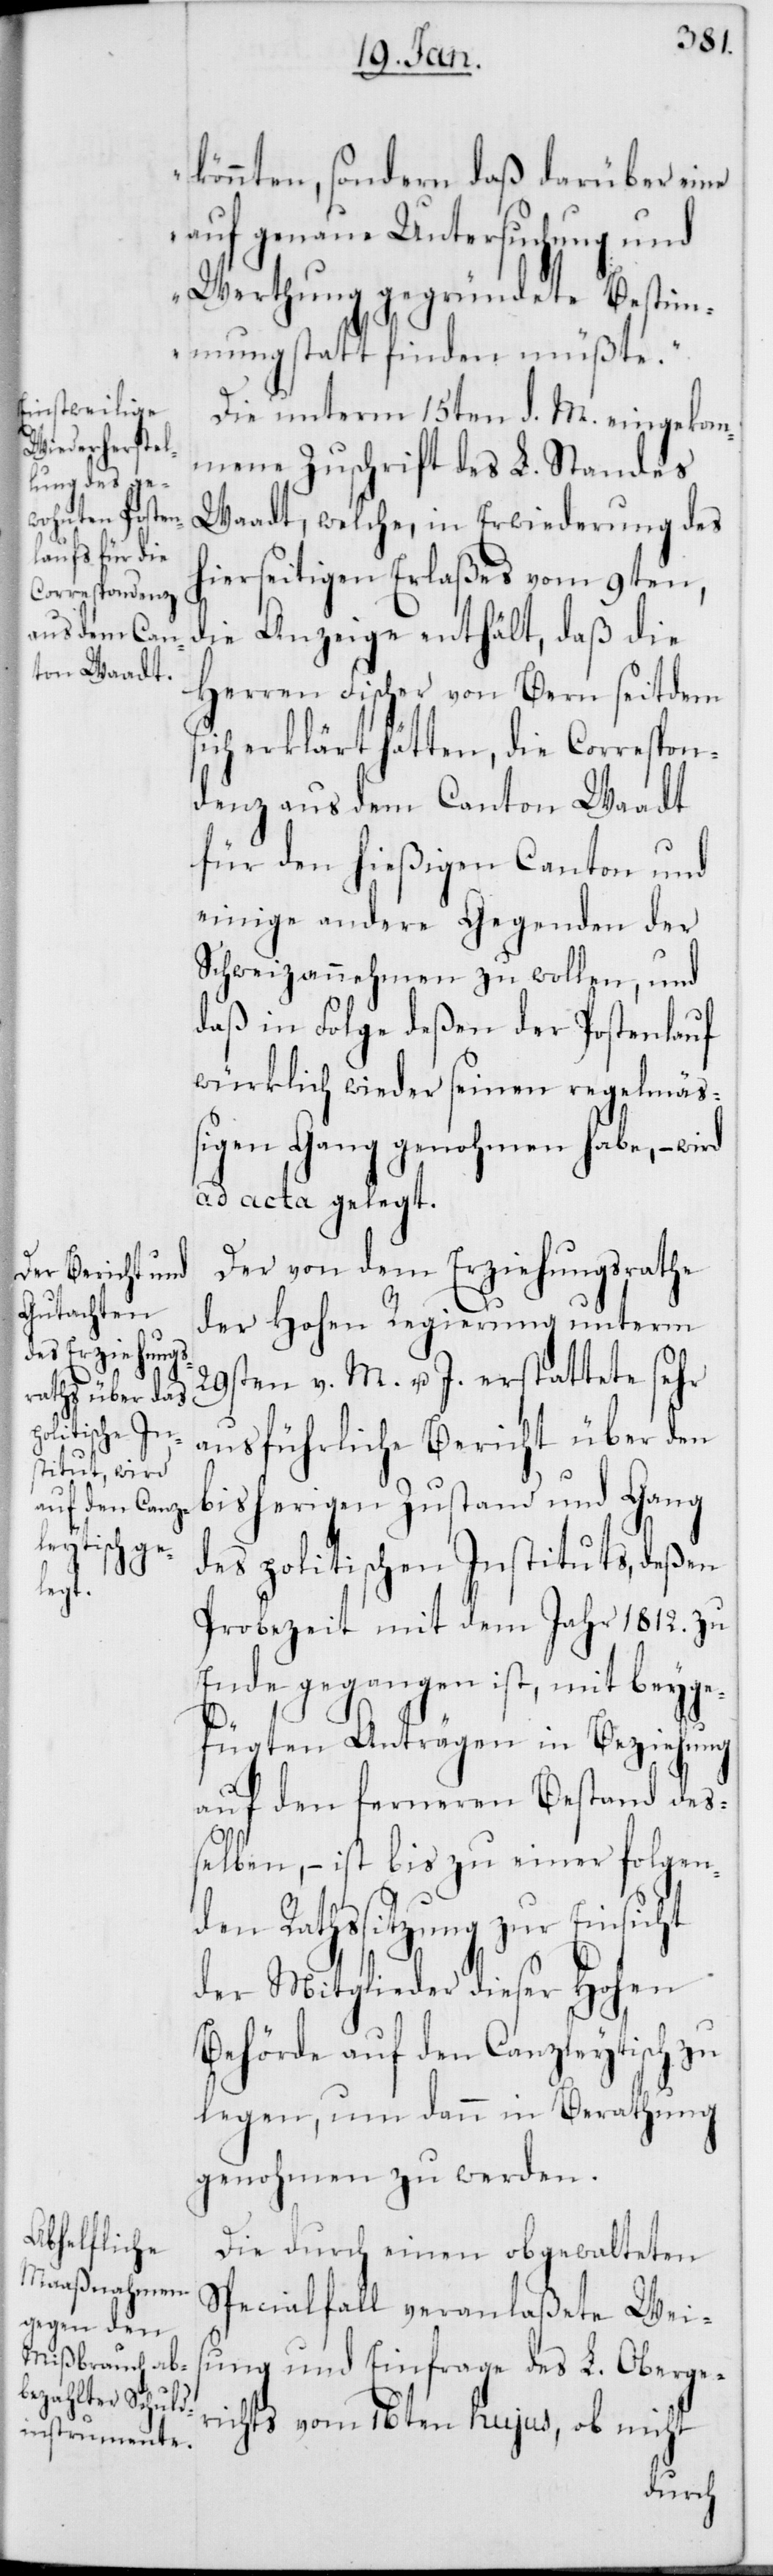
könnten, sondern daß darüber eine
auf genaue Untersuchung und
Werthung gegründete Bestim¬
mung statt finden müßte.“
Die unterm 15ten d. M. eingekom¬
mene Zuschrift des L. Standes
Waadt, welche, in Erwiderung des
hierseitigen Erlaßes vom 9ten,
die Anzeige enthält, daß die
Herren Fischer von Bern seitdem
sich erklärt hätten, die Correspon¬
denz aus dem Canton Waadt
für den hießigen Canton und
einige andere Gegenden der
Schweiz annehmen zu wollen, und
daß in Folge deßen der Postenlauf
würklich wieder seinen regelmäß¬
igen Gang genohmen habe, – wird
ad acta gelegt.
Der von dem Erziehungsrathe
der Hohen Regierung unterm
29sten v. M. u. J. erstattete sehr
ausführliche Bericht über den
bisherigen Zustand und Gang
des politischen Instituts, deßen
Probezeit mit dem Jahr 1812. zu
Ende gegangen ist, mit beyge¬
fügten Anträgen in Beziehung
auf den ferneren Bestand deß¬
elben, – ist bis zu einer folgen¬
den Rathssitzung zur Einsicht
der Mitglieder dieser Hohen
Behörde auf den Canzleytisch zu
legen, um dann in Berathung
genohmen zu werden.
Die durch einen obgewalteten
Specialfall veranlaßete Weis¬
ung und Einfrage des L. Oberge¬
richts vom 16ten hujus, ob nicht